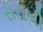
સરાબી